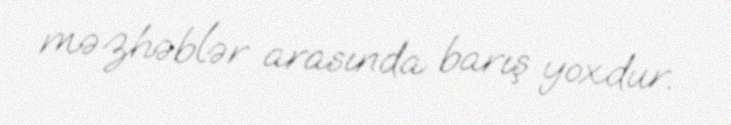
məzhəblər arasında barış yoxdur.